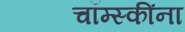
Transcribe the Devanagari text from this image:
चॉम्स्कींना